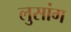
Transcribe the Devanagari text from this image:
लुसांग